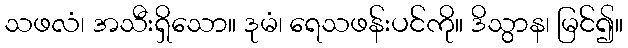
သဖလံ၊ အသီးရှိသော။ ဒုမံ၊ ရေသဖန်းပင်ကို။ ဒိသွာန၊ မြင်၍။